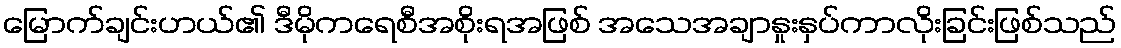
မြောက်ချင်းဟယ်၏ ဒီမိုကရေစီအစိုးရအဖြစ် အသေအချာနှုးနှပ်ကာလိုးခြင်းဖြစ်သည်